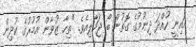
އައިނީ ހުއްދަ ދިނުމުގެ ގޮތުން ބޯ ޖަހާލިއެވެ. "ތިހާ ޒުވާން އުމުރުގެ ކުދިން